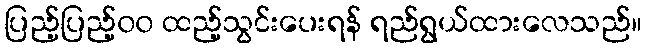
ပြည့်ပြည့်၀၀ ထည့်သွင်းပေးရန် ရည်ရွယ်ထားလေသည်။